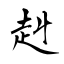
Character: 赳